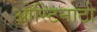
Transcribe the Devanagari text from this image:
ओस्टिनाटो